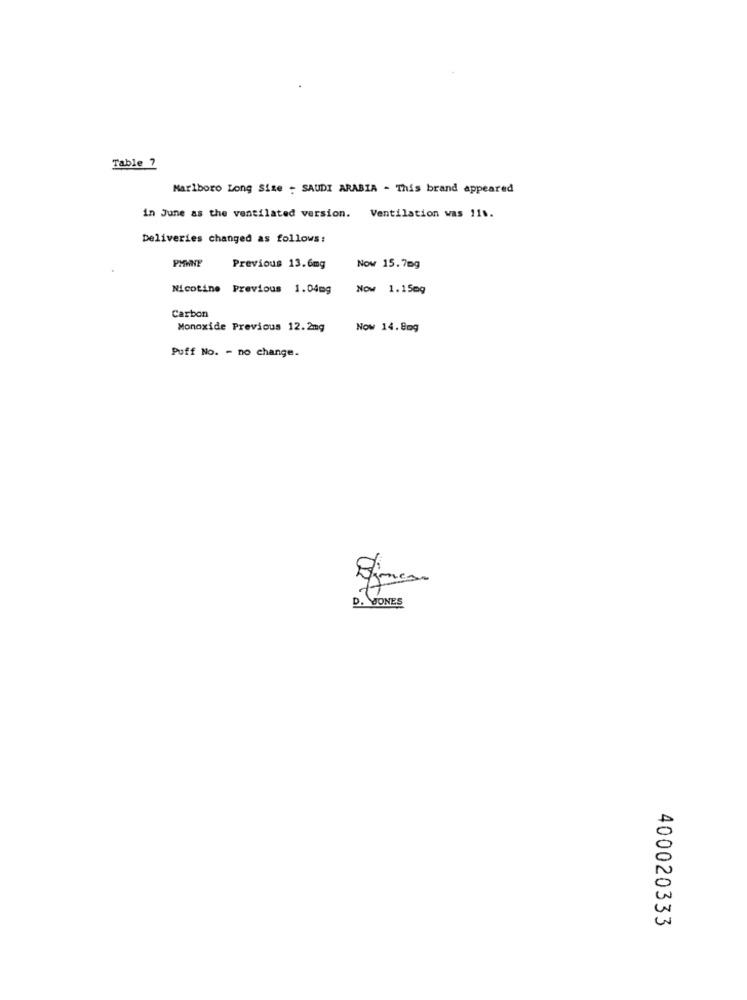
Table ?
Marlboro Long Size - SAUDI ARABIA - This brand appeared
in June as the ventilated version. Ventilation was 11 ..
Deliveries changed as follows:
PMWNE
Previous 13.6mg
Now 15.7mg
Nicotine Previous 1.04mg
Now 1.150g
Carbon
Monoxide Previous 12.2mg
Now 14.8mg
Puff No. - no change.
D. JONES
400020333